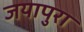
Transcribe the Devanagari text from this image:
जयापुरा